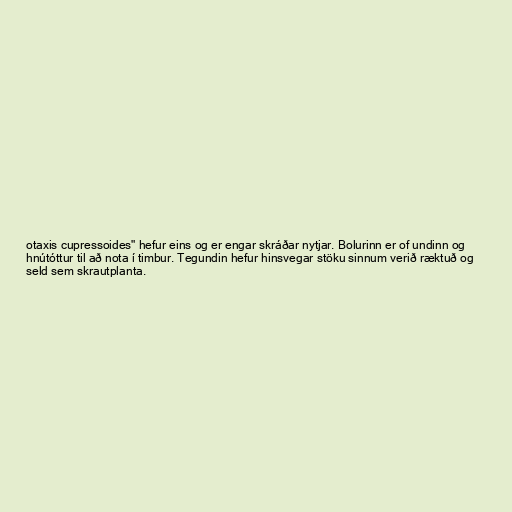
otaxis cupressoides" hefur eins og er engar skráðar nytjar. Bolurinn er of undinn og
hnútóttur til að nota í timbur. Tegundin hefur hinsvegar stöku sinnum verið ræktuð og
seld sem skrautplanta.